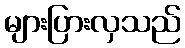
များပြားလှသည်